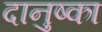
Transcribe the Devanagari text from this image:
दानुष्का